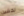
تخشين